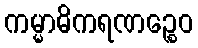
ကမ္မာဓိကရဏဉ္စေဝ